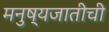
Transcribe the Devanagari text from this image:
मनुष्यजातीची